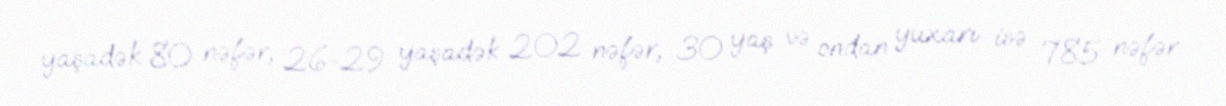
yaşadək 80 nəfər, 26-29 yaşadək 202 nəfər, 30 yaş və ondan yuxarı isə 785 nəfər